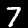
Label: 7